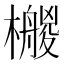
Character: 𣞡